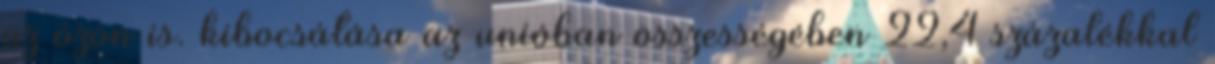
az ózon is. kibocsátása az unióban összességében 22,4 százalékkal